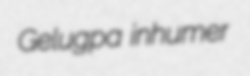
Gelugpa inhumer